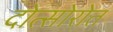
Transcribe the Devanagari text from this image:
दोत्सोरोत